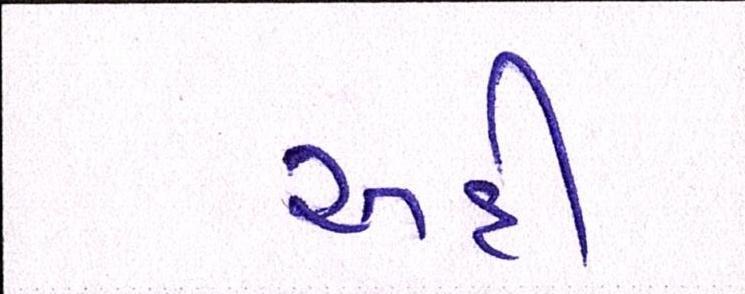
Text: અહીં